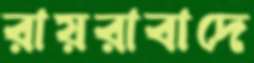
রায়রাবাদে